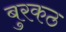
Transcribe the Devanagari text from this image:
बुरकठ